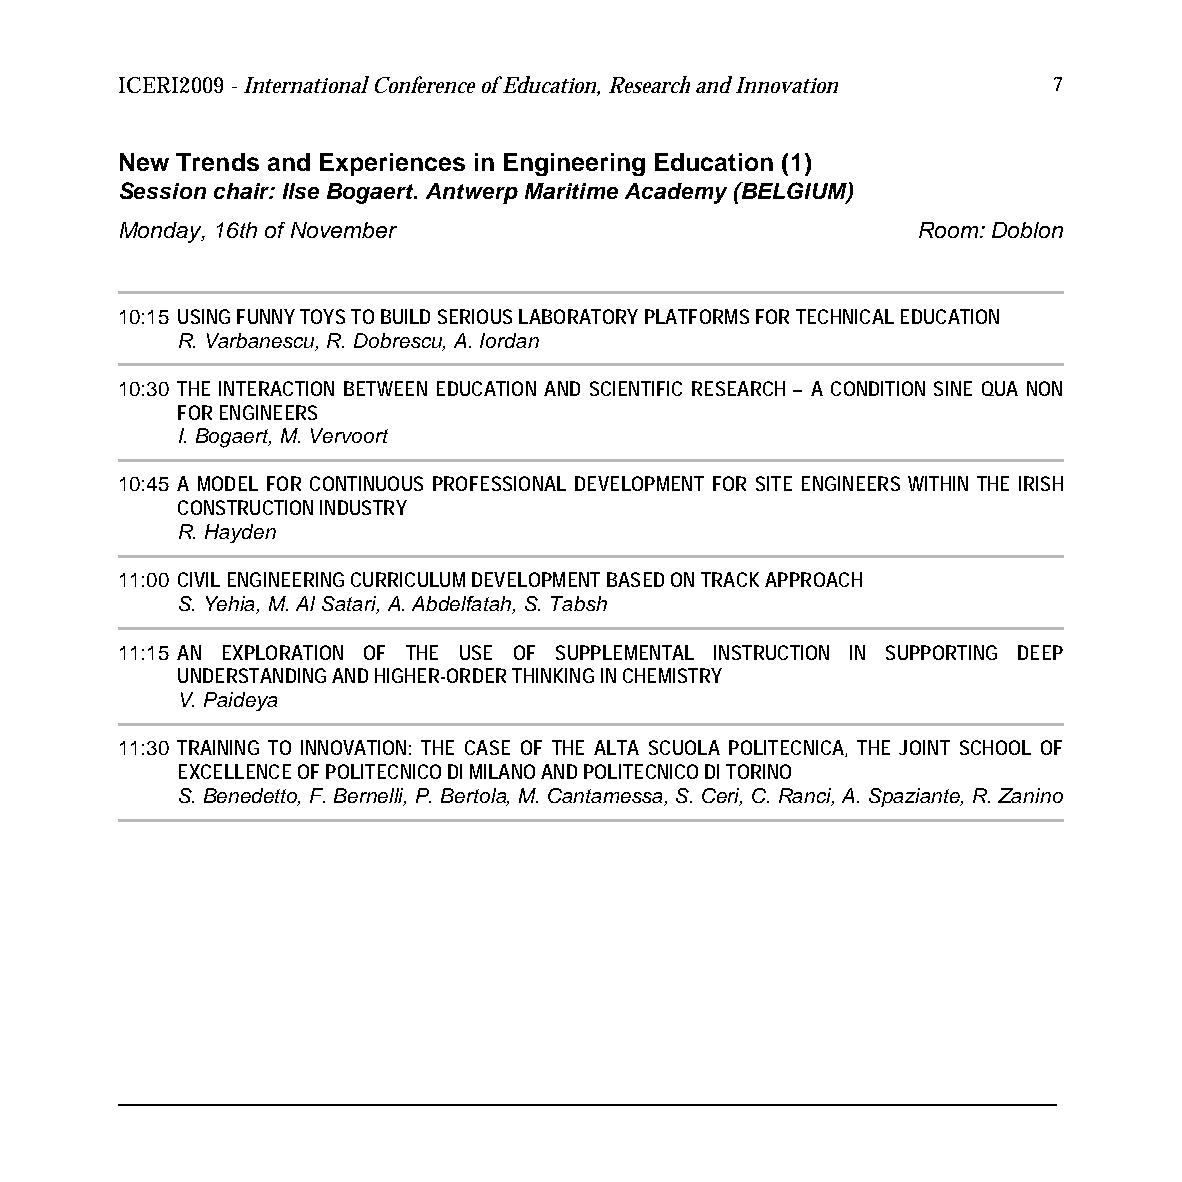
ICERI2009 - International Conference of Education, Research and Innovation 7
 New Trends and Experiences in Engineering Education (1)
 Session chair: Ilse Bogaert. Antwerp Maritime Academy (BELGIUM)
 Monday, 16th of November                             Room: Doblon
 10:15 USING FUNNY TOYS TO BUILD SERIOUS LABORATORY PLATFORMS FOR TECHNICAL EDUCATION
 R. Varbanescu, R. Dobrescu, A. Iordan
 10:30 THE INTERACTION BETWEEN EDUCATION AND SCIENTIFIC RESEARCH – A CONDITION SINE QUA NON
 FOR ENGINEERS
 I. Bogaert, M. Vervoort
 10:45 A MODEL FOR CONTINUOUS PROFESSIONAL DEVELOPMENT FOR SITE ENGINEERS WITHIN THE IRISH
 CONSTRUCTION INDUSTRY
 R. Hayden
 11:00 CIVIL ENGINEERING CURRICULUM DEVELOPMENT BASED ON TRACK APPROACH
 S. Yehia, M. Al Satari, A. Abdelfatah, S. Tabsh
 11:15 AN EXPLORATION OF THE USE OF SUPPLEMENTAL INSTRUCTION IN SUPPORTING DEEP
 UNDERSTANDING AND HIGHER-ORDER THINKING IN CHEMISTRY
 V. Paideya
 11:30 TRAINING TO INNOVATION: THE CASE OF THE ALTA SCUOLA POLITECNICA, THE JOINT SCHOOL OF
 EXCELLENCE OF POLITECNICO DI MILANO AND POLITECNICO DI TORINO
 S. Benedetto, F. Bernelli, P. Bertola, M. Cantamessa, S. Ceri, C. Ranci, A. Spaziante, R. Zanino